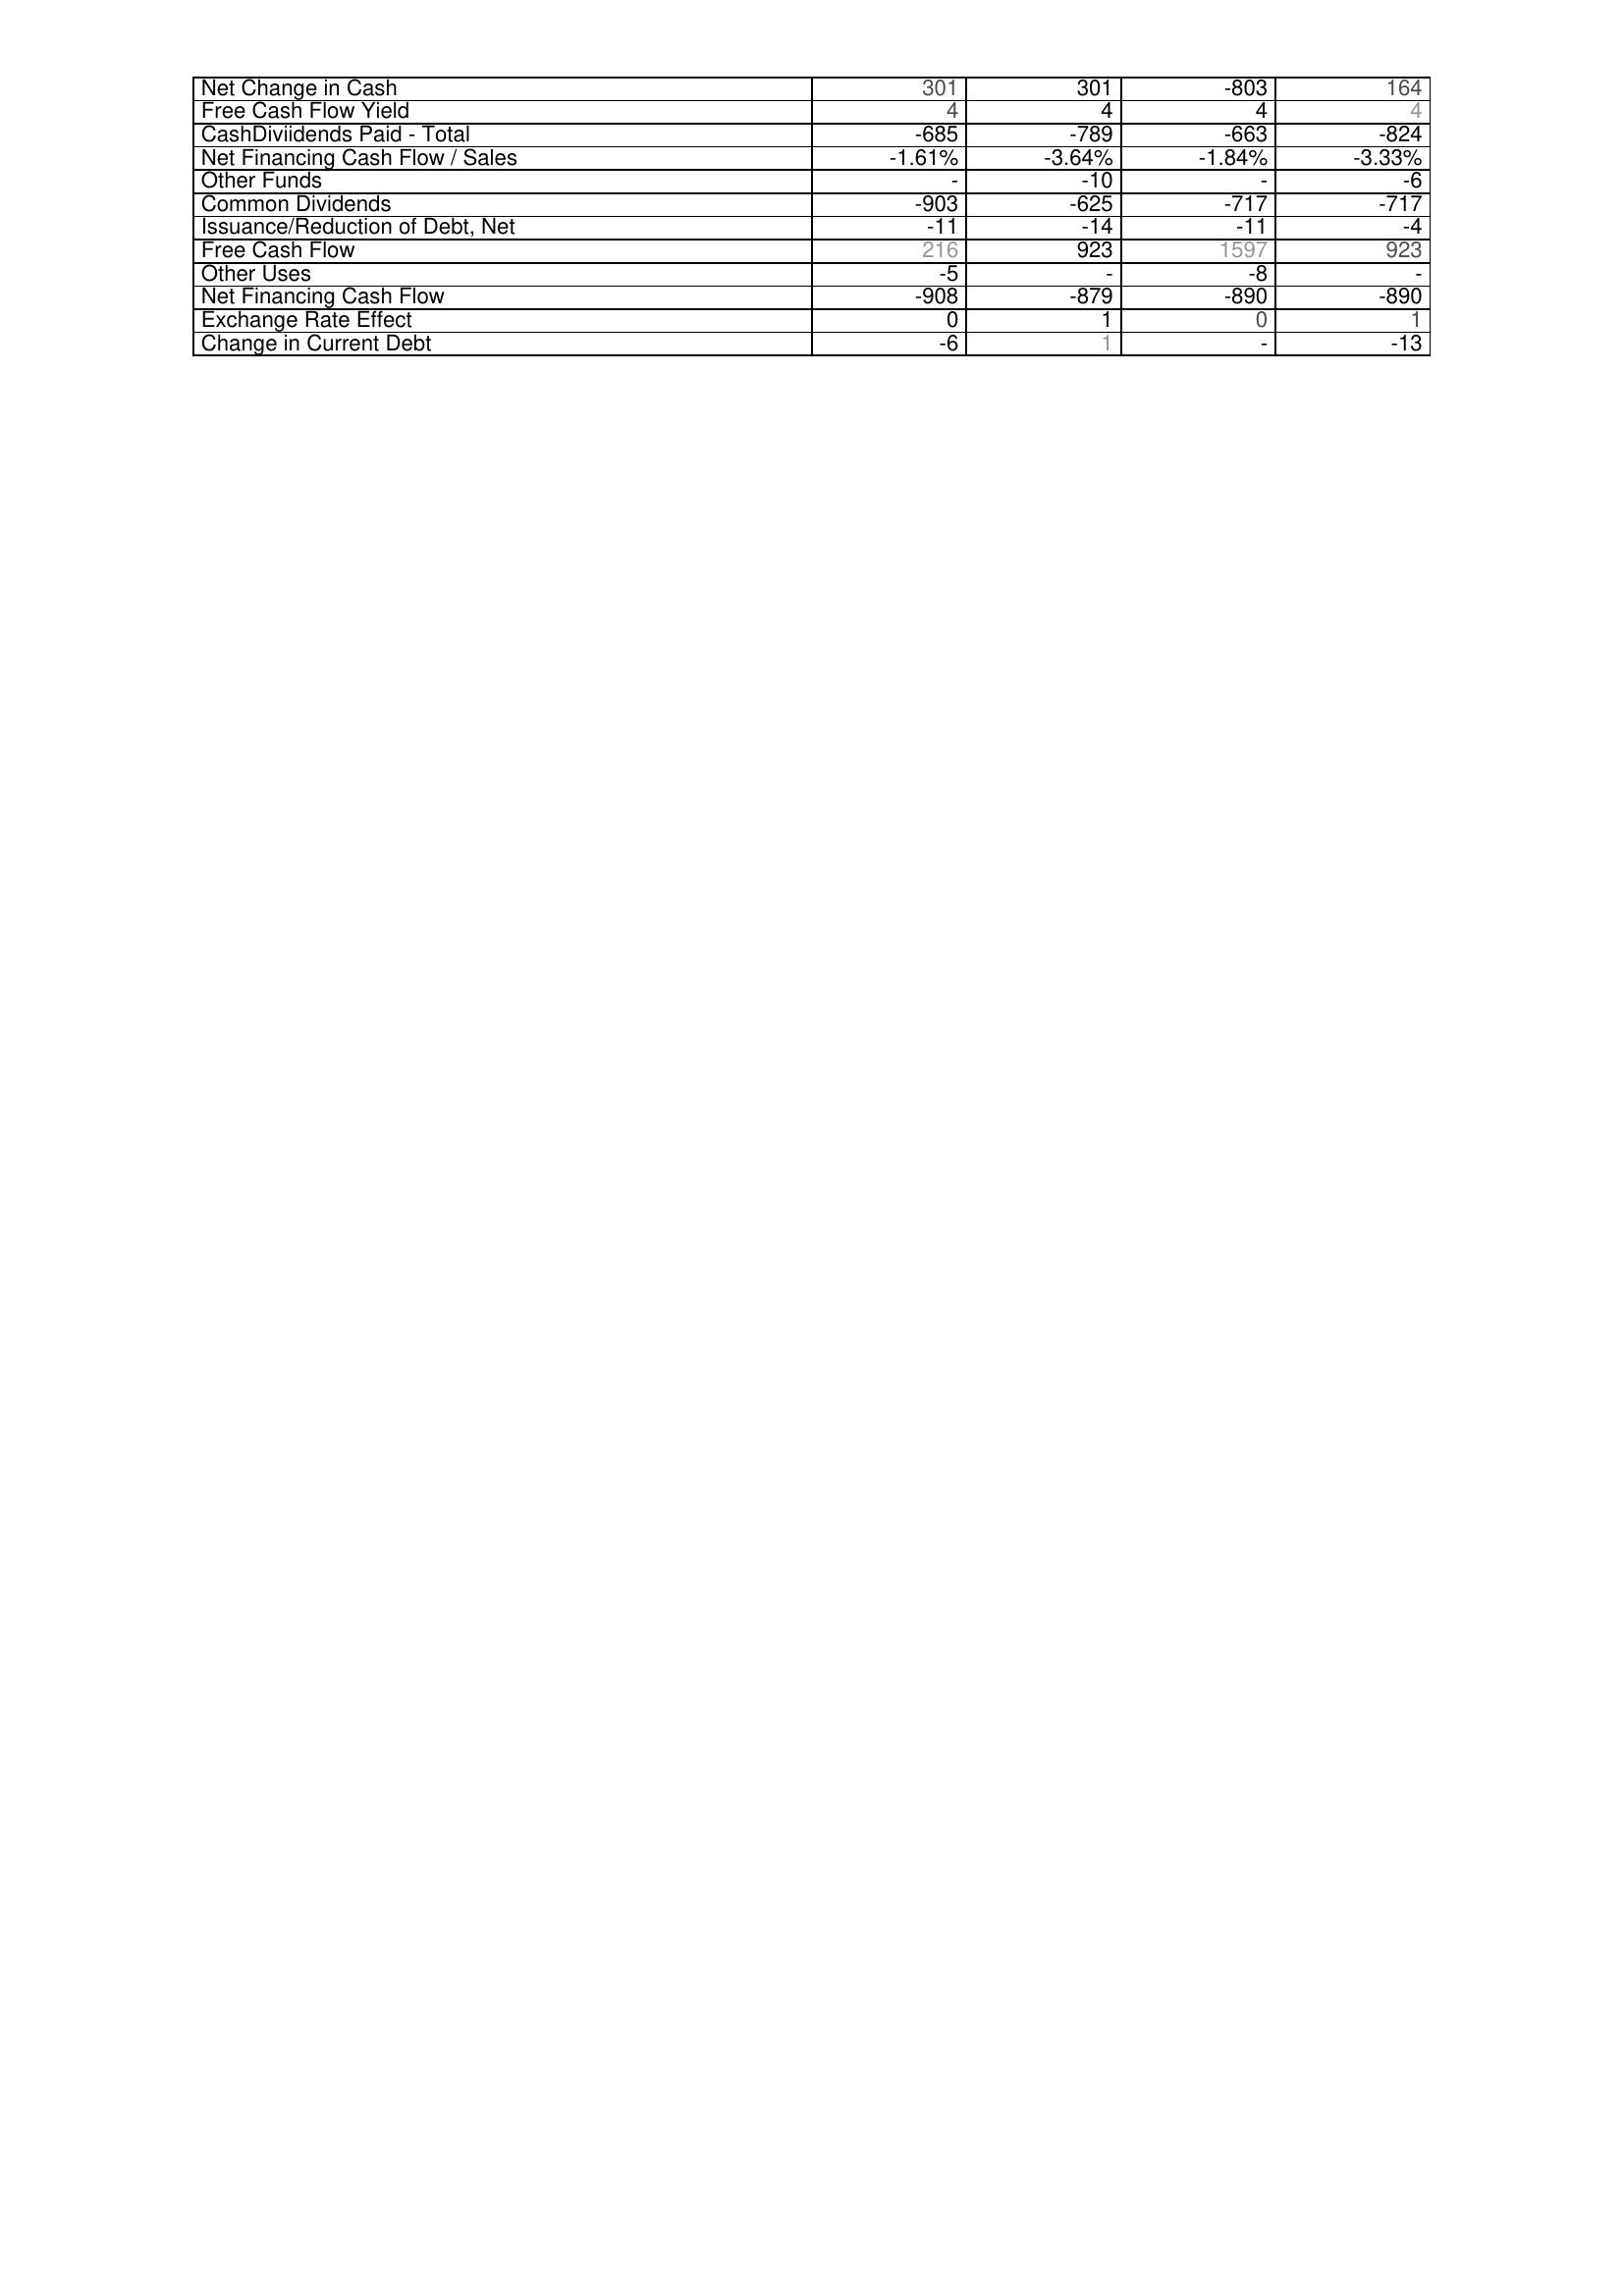
2018: Financing Activities: Net Change in Cash: 301
Free Cash Flow Yield: 4
CashDiviidends Paid - Total: -685
Net Financing Cash Flow / Sales: -1.61%
Other Funds: -
Common Dividends: -903
Issuance/Reduction of Debt, Net: -11
Free Cash Flow: 216
Other Uses: -5
Net Financing Cash Flow: -908
Exchange Rate Effect: 0
Change in Current Debt: -6
2019: Financing Activities: Net Change in Cash: 301
Free Cash Flow Yield: 4
CashDiviidends Paid - Total: -789
Net Financing Cash Flow / Sales: -3.64%
Other Funds: -10
Common Dividends: -625
Issuance/Reduction of Debt, Net: -14
Free Cash Flow: 923
Other Uses: -
Net Financing Cash Flow: -879
Exchange Rate Effect: 1
Change in Current Debt: 1
2020: Financing Activities: Net Change in Cash: -803
Free Cash Flow Yield: 4
CashDiviidends Paid - Total: -663
Net Financing Cash Flow / Sales: -1.84%
Other Funds: -
Common Dividends: -717
Issuance/Reduction of Debt, Net: -11
Free Cash Flow: 1597
Other Uses: -8
Net Financing Cash Flow: -890
Exchange Rate Effect: 0
Change in Current Debt: -
2021: Financing Activities: Net Change in Cash: 164
Free Cash Flow Yield: 4
CashDiviidends Paid - Total: -824
Net Financing Cash Flow / Sales: -3.33%
Other Funds: -6
Common Dividends: -717
Issuance/Reduction of Debt, Net: -4
Free Cash Flow: 923
Other Uses: -
Net Financing Cash Flow: -890
Exchange Rate Effect: 1
Change in Current Debt: -13